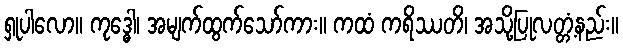
ရှုပါလော။ ကုဒ္ဓေါ၊ အမျက်ထွက်သော်ကား။ ကထံ ကရိဿတိ၊ အသို့ပြုလတ္တံ့နည်း။